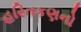
હરિતકણનો